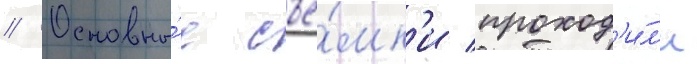
// Основны́е съё́мк'и проход'и́л'и